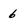
Character: 6